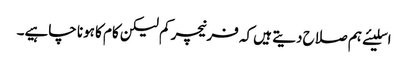
اسلیئے ہم صلاح دیتے ہیں کہ فرنیچر کم لیکن کام کا ہونا چاہیے۔